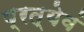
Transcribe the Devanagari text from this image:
प्रत्येवं